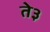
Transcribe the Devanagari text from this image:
ते३